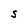
Character: S